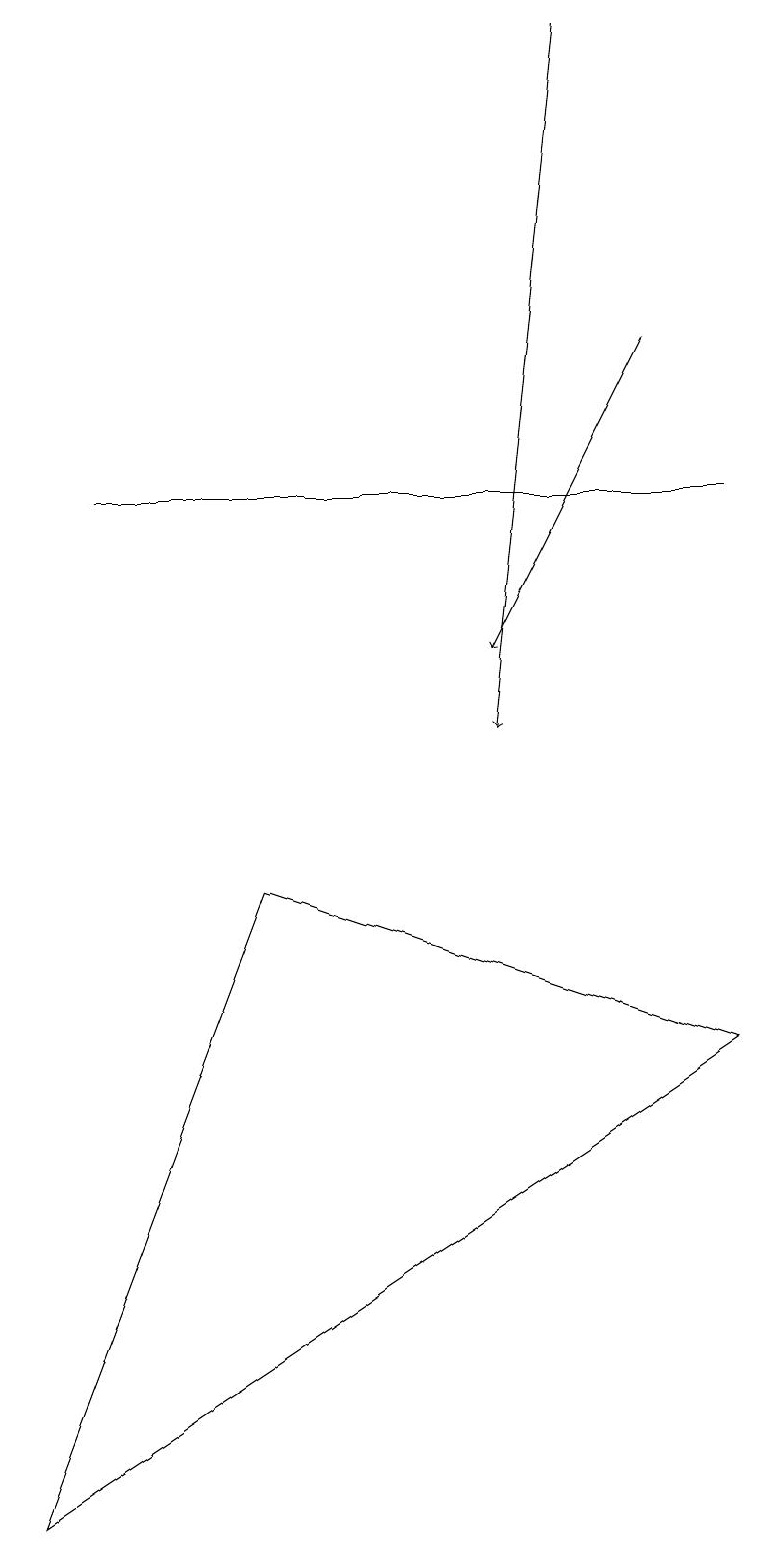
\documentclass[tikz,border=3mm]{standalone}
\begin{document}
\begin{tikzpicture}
\draw[->] (7,19) -- (6,10);
\draw (9,13) rectangle (1,13);
\draw (3,8) -- (9,6) -- (0,0) -- cycle;
\draw[->] (8,15) -- (6,11);
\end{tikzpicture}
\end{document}